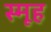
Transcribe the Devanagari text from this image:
स्मूह